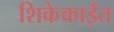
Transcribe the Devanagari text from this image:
शिकेकाईत